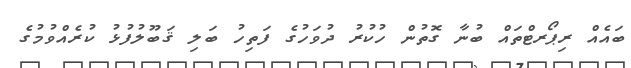
ބައެއް ރިޕޯރޓްތައް ބުނާ ގޮތުން ހުކުރު ދުވަހުގެ ފަތިހު ބަލި ޤަބޫލުފުޅު ކުރެއްވުމުގެ